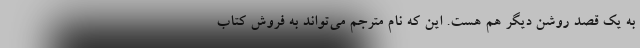
به یک قصد روشن دیگر هم هست. این که نام مترجم می‌تواند به فروش کتاب